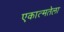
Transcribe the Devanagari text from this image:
एकात्मतेला